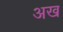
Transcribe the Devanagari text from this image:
अख